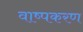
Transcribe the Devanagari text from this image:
वाष्पकरण